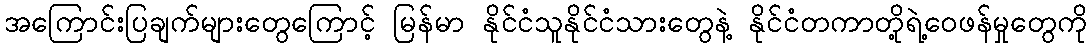
အကြောင်းပြချက်များတွေကြောင့် မြန်မာ နိုင်ငံသူနိုင်ငံသားတွေနဲ့ နိုင်ငံတကာတို့ရဲ့ဝေဖန်မှုတွေကို